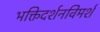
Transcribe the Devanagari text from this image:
भक्तिदर्शनविमर्श